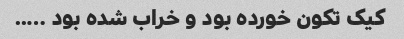
کیک‌ تکون خورده بود و خراب شده بود …..